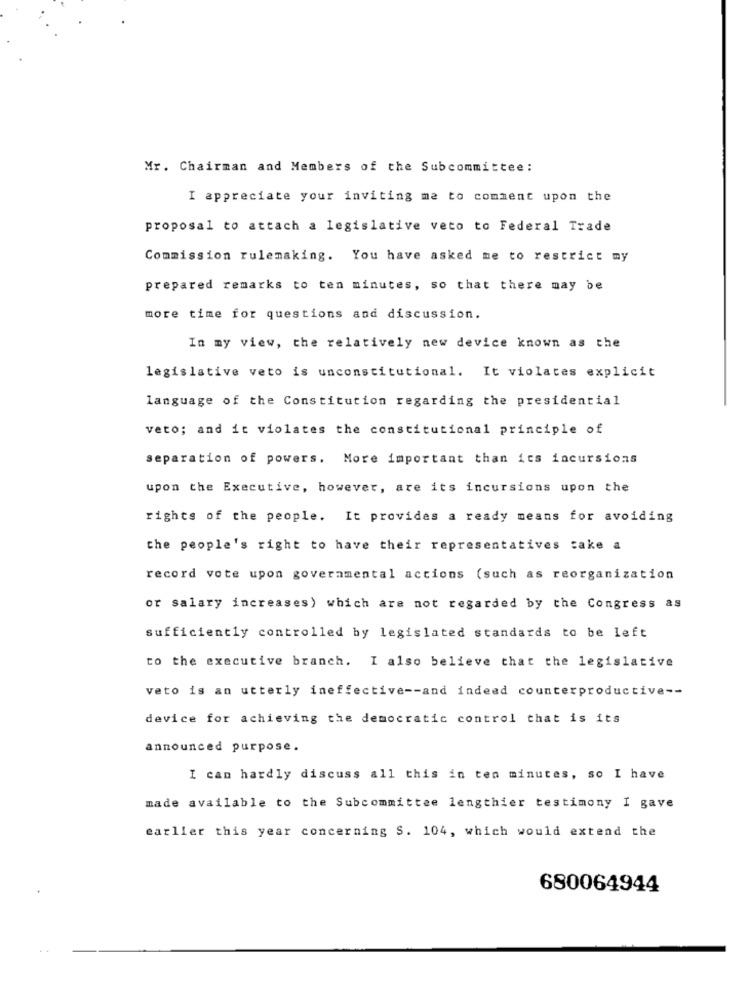
Mr. Chairman and Members of the Subcommittee:
I appreciate your inviting me to comment upon the
proposal to attach a legislative veto to Federal Trade
Commission rulemaking. You have asked me to restrict my
prepared remarks to ten minutes, so that there may be
more time for questions and discussion.
In my view, the relatively new device known as the
legislative veto is unconstitutional. It violates explicit
language of the Constitution regarding the presidential
veto; and it violates the constitutional principle of
separation of powers. More important than its incursions
upon the Executive, however, are its incursions upon the
rights of the people. It provides a ready means for avoiding
the people's right to have their representatives take a
record vote upon governmental actions (such as reorganization
or salary increases) which are not regarded by the Congress as
sufficiently controlled by legislated standards to be left
to the executive branch. I also believe that the legislative
veto is an utterly ineffective -- and indeed counterproductive --
device for achieving the democratic control that is its
announced purpose.
I can hardly discuss all this in ten minutes, so I have
made available to the Subcommittee lengthier testimony I gave
earlier this year concerning S. 104, which would extend the
680064944